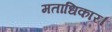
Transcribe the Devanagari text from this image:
मताधिकार।